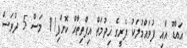
އައްޑޫ އާއި ފުވައްމުލަކު ފެރީގެ ޚިދުމަތް އިފްތިތާޙް ކޮށްފި11 މަސް 5 ދުވަސް